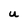
Character: U